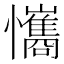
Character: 𢥘